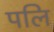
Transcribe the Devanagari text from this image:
पलि